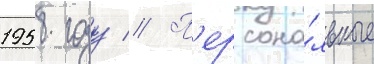
1958 году // П'ерсона́льные